Kihnu_vallakohus, lk 3
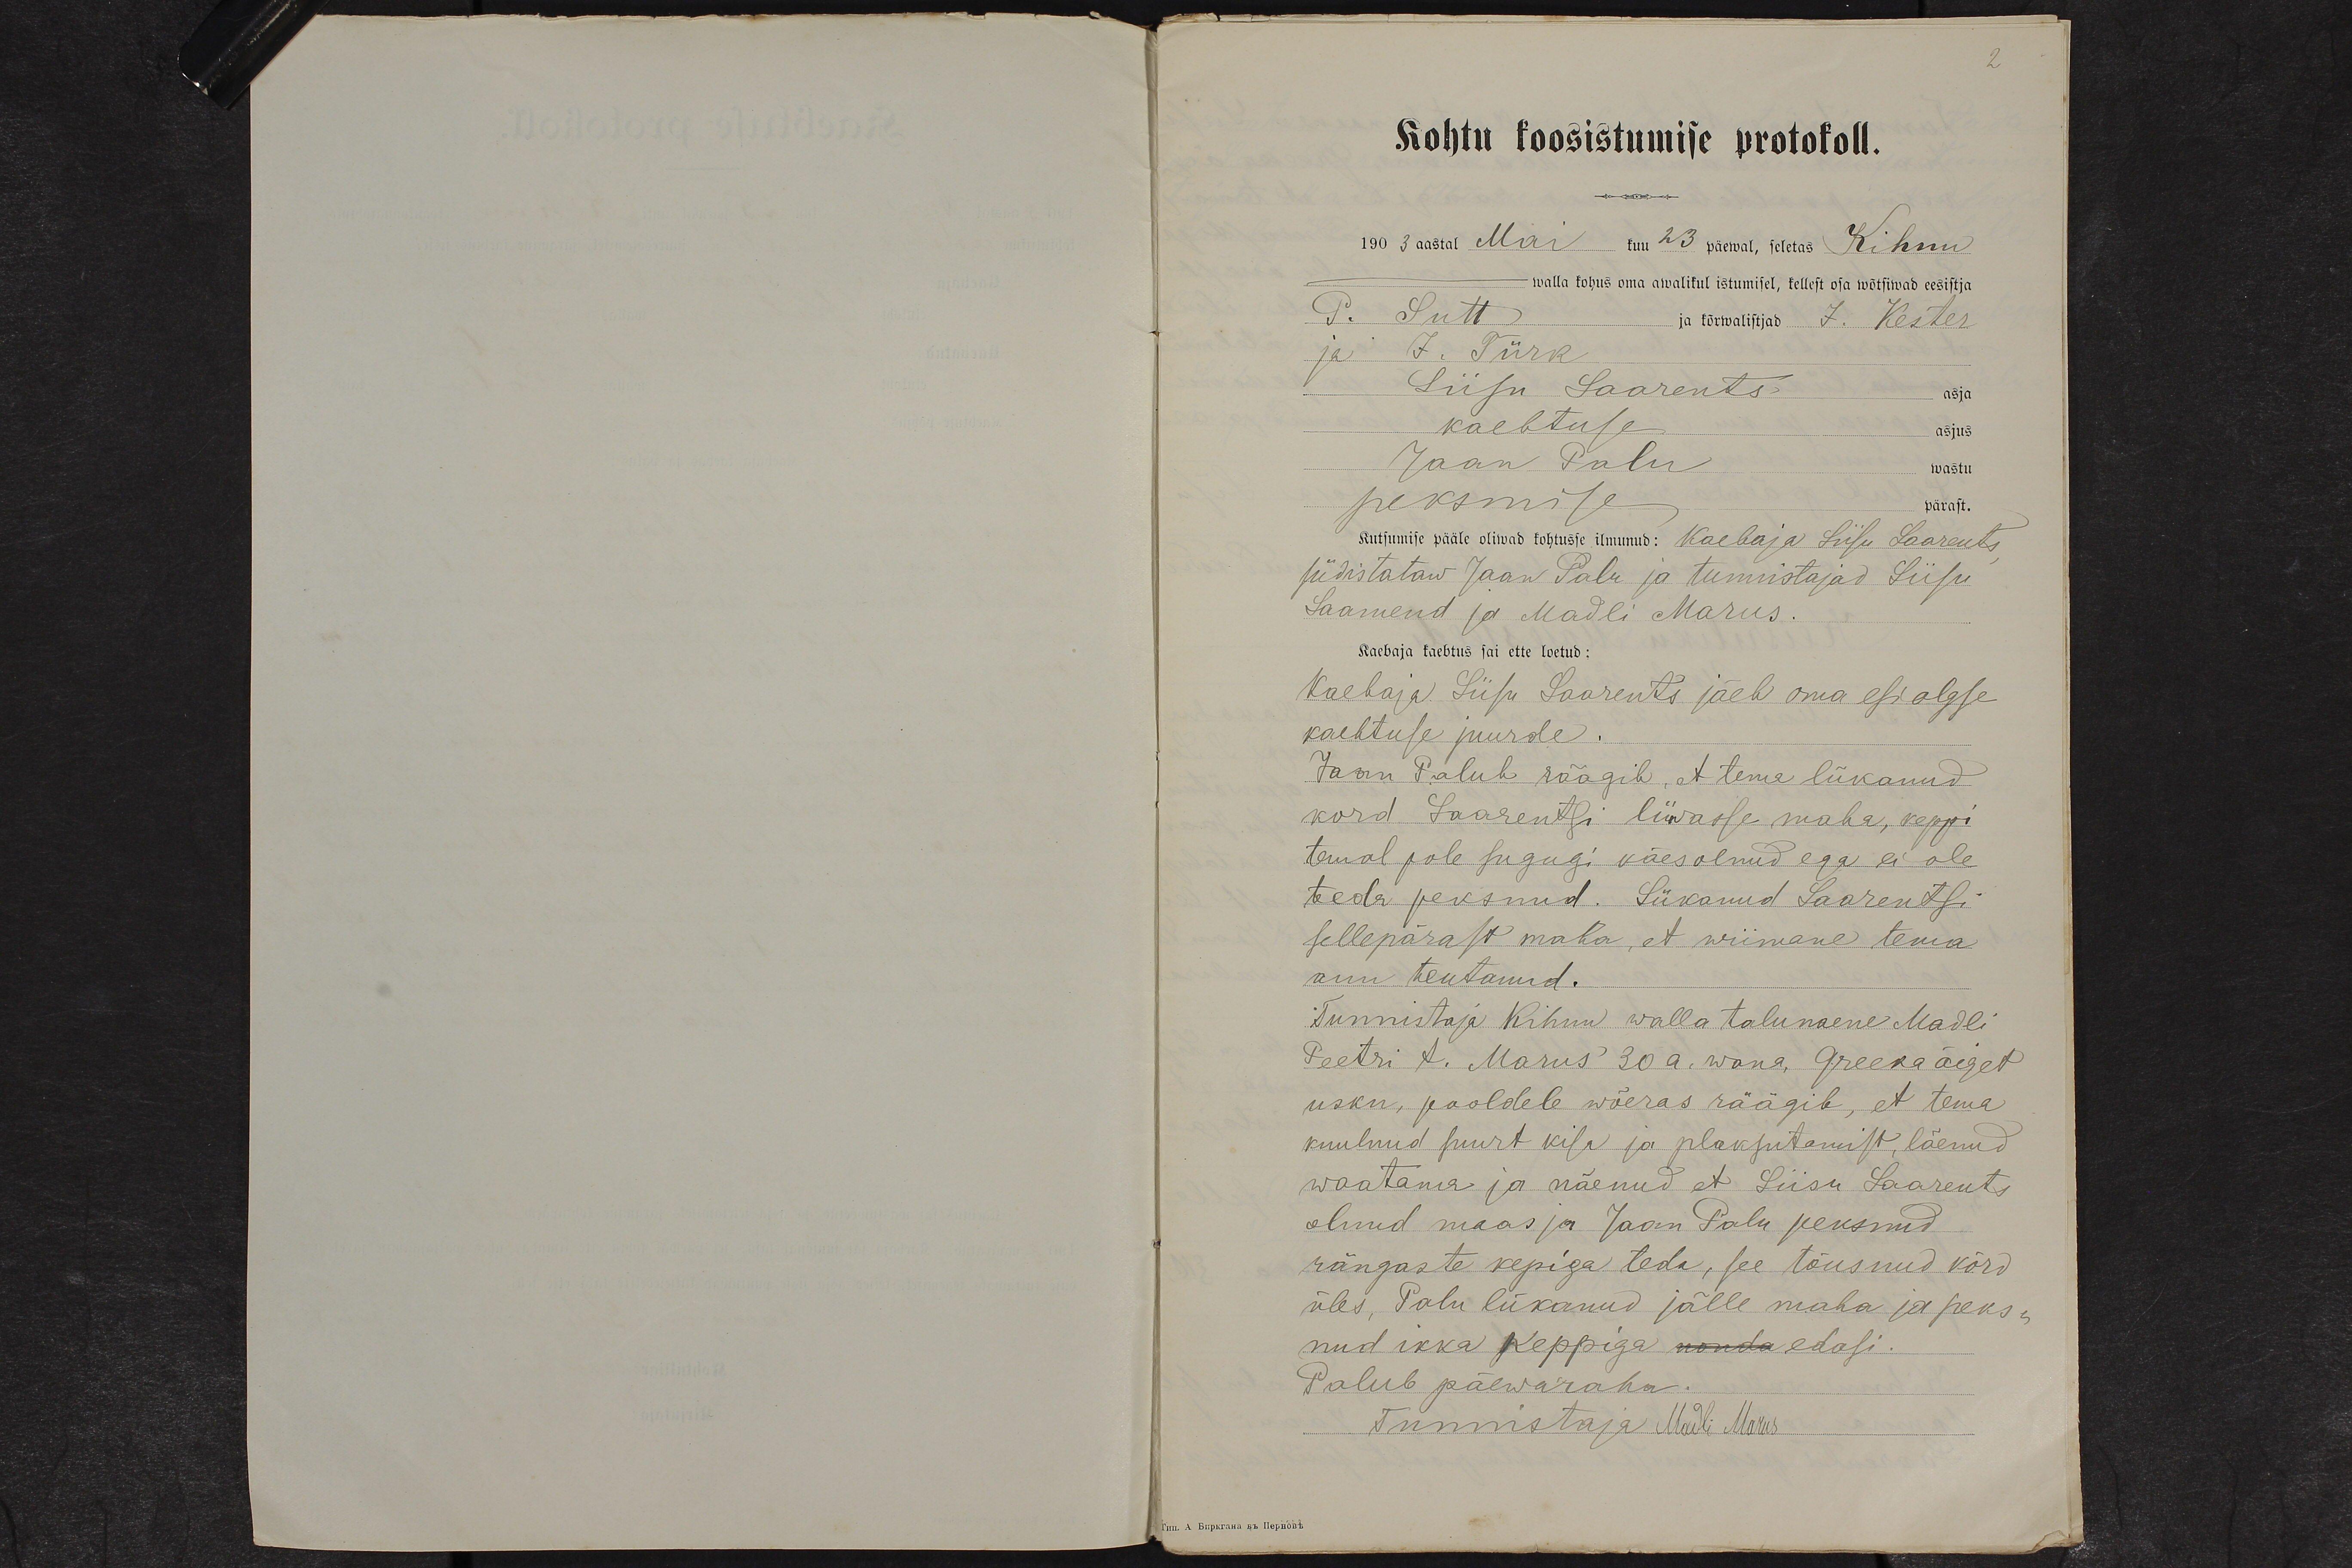
Kohtu koosistumise protokoll.
1903 aastal Mai 23 päewal, seletas Kihnu
walla kohus oma awalikul istumisel, kellest osa wõtsiwad eesistja
P. Sutt ja kõrwalistjad J. Kester
ja J. Türk
Liisu Saarents asja
kaebtuse asjus
Jaan Palu wastu
peksmise pärast
Kutsumise pääle oliwad kohtusse ilmunud: Kaebaja Liisu Saarents
südistataw Jaan Palu ja tunnistajad Liisu
Laamend ja Madli Marus.
Kaebaja kaebtus sai ette loetud:
Kaebaja Liisu Saarents jäeb oma esialgse
kaebtuse juurde.
Jaan Palub räägib, et tema lükanud
kord Saarentsi liiwasse maha, keppi
temal pole sugugi käes olnud ega ei ole
teda peksnud. Lükanud Saarentsi
sellepärast maha, et wiimane tema
auu teutanud.
Tunnistaja Kihnu walla talunaene Madli
Peetri t. Marus 30 a. wana, Greeka õiget
usku, pooldele wõeras räägib, et tema
kuulnud suurt kisa ja plaksutamist, läenud
waatama ja näenud et Liisu Saarents
olnud maas ja Jaan Palu peksnud
rängaste kepiga teda, see tõusnud kõrd
üles, Palu lükanud jälle maha ja peks
nud ikka keppiga edasi.
Palub päewaraha.
Tunnistaja Madli Marus